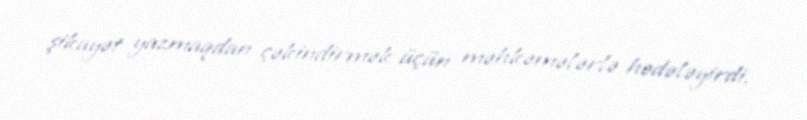
şikayət yazmaqdan çəkindirmək üçün məhkəmələrlə hədələyirdi.